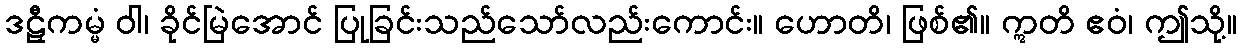
ဒဠှီကမ္မံ ဝါ၊ ခိုင်မြဲအောင် ပြုခြင်းသည်သော်လည်းကောင်း။ ဟောတိ၊ ဖြစ်၏။ ဣတိ ဧဝံ၊ ဤသို့။